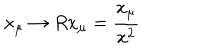
x _ { \mu } \to R x _ { \mu } = \frac { x _ { \mu } } { x ^ { 2 } }